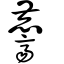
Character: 麡